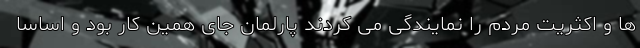
ها و اکثریت مردم را نمایندگی می کردند پارلمان جای همین کار بود و اساسا